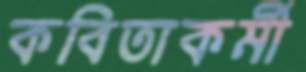
কবিতাকর্মী